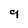
Character: 9